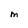
Character: M